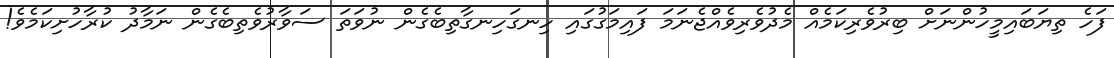
ފަހެ ތިޔަބައިމީހުންނަށް ބިރުވެރިކަމެއް މެދުވެރިވެއްޖެނަމަ ފައިމަގުގައި ހިނގަހިނގާތިބެެގެން ނުވަތަ ސަވާރުވެތިބެގެން ނަމާދު ކުރާހުށިކަމެވެ!